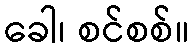
ခေါ၊ စင်စစ်။